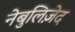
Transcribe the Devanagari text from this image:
नेबुलिज़ेद